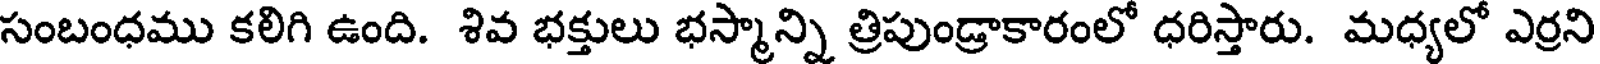
సంబంధము కలిగి ఉంది. శివ భక్తులు భస్మాన్ని త్రిపుండ్రాకారంలో ధరిస్తారు. మధ్యలో ఎర్రని